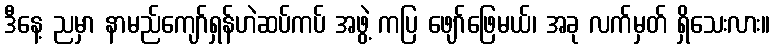
ဒီနေ့ ညမှာ နာမည်ကျော်ရှန်ဟဲဆပ်ကပ် အဖွဲ့ ကပြ ဖျော်ဖြေမယ်၊ အခု လက်မှတ် ရှိသေးလား။